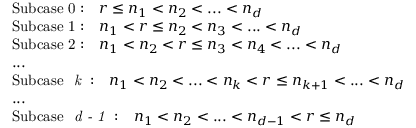
\begin{array} { r l } & { \mathrm { S u b c a s e ~ 0 : } \quad r \leq n _ { 1 } < n _ { 2 } < . . . < n _ { d } } \\ & { \mathrm { S u b c a s e ~ 1 : } \quad n _ { 1 } < r \leq n _ { 2 } < n _ { 3 } < . . . < n _ { d } } \\ & { \mathrm { S u b c a s e ~ 2 : } \quad n _ { 1 } < n _ { 2 } < r \leq n _ { 3 } < n _ { 4 } < . . . < n _ { d } } \\ & { . . . } \\ & { \mathrm { S u b c a s e ~ \textit { k } : } \quad n _ { 1 } < n _ { 2 } < . . . < n _ { k } < r \leq n _ { k + 1 } < . . . < n _ { d } } \\ & { . . . } \\ & { \mathrm { S u b c a s e ~ \textit { d - 1 } : } \quad n _ { 1 } < n _ { 2 } < . . . < n _ { d - 1 } < r \leq n _ { d } } \end{array}